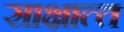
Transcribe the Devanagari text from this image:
साक्षात्‍त